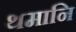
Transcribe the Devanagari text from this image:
थमानि